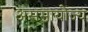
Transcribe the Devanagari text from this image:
असमायोज्य